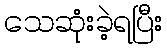
သေဆုံးခဲ့ရပြီး